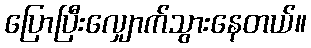
ပြောပြီးလျှောက်သွားနေတယ်။